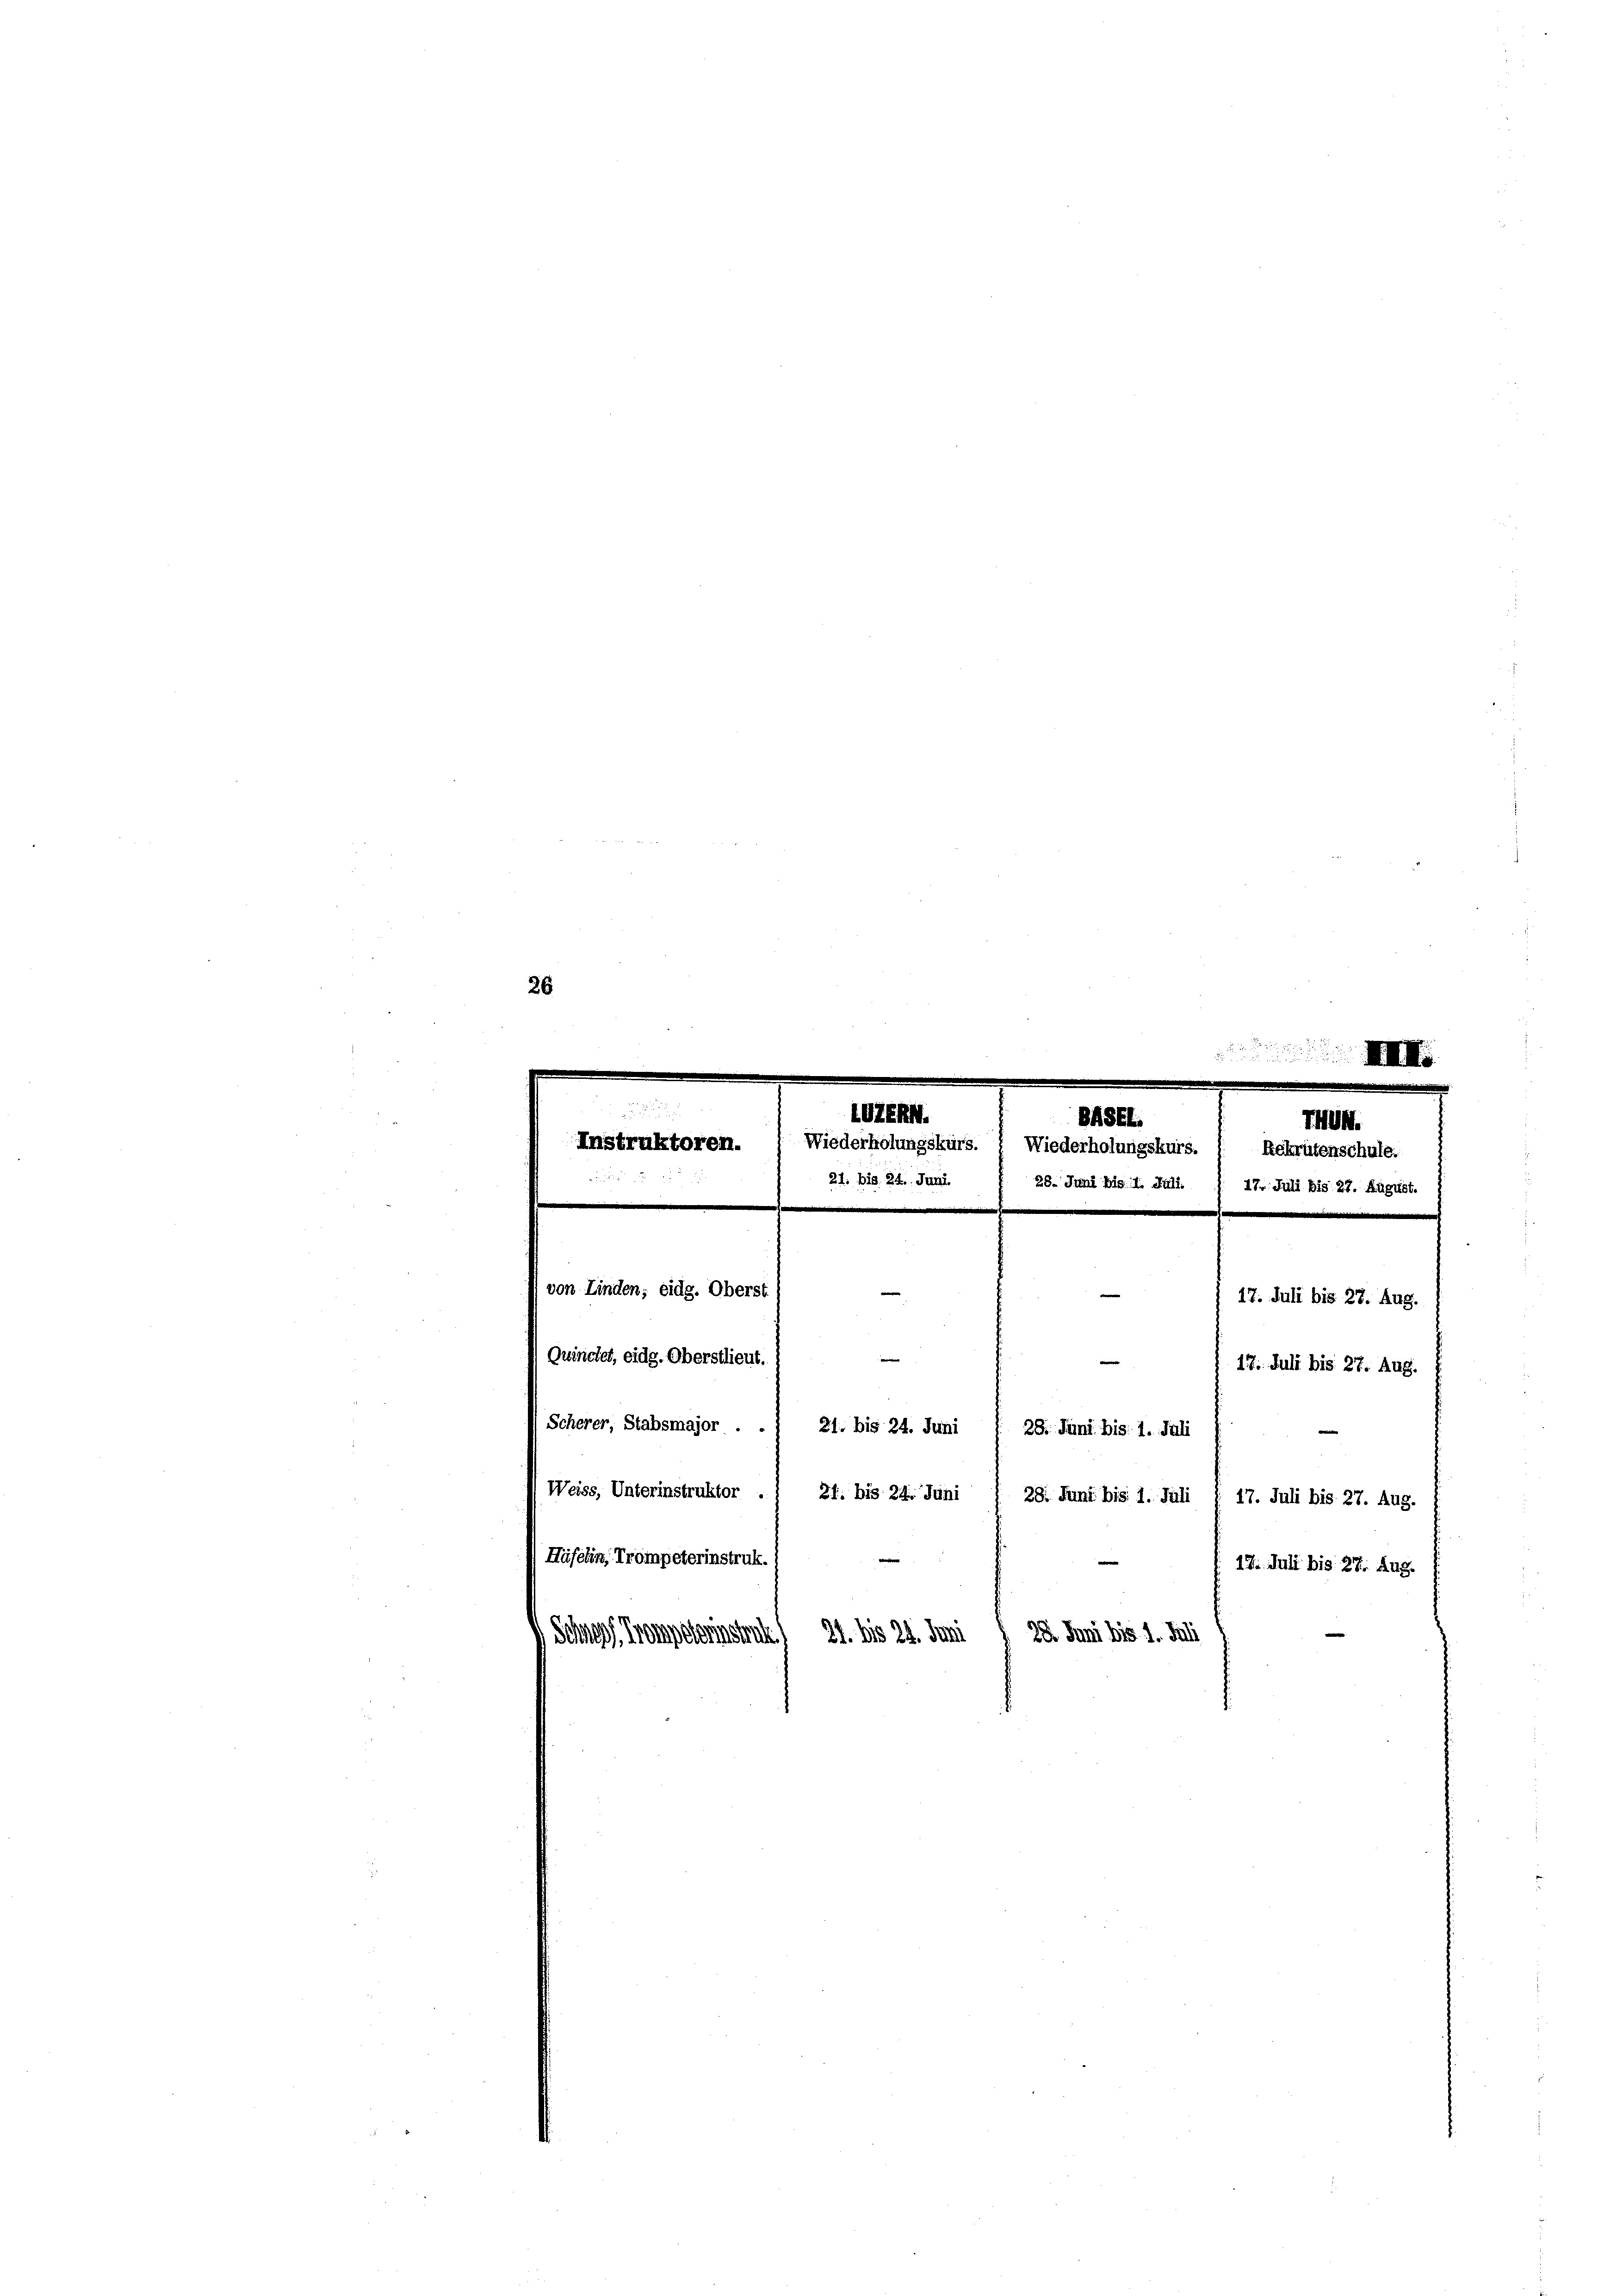
26

.

von Linden; eide. Oberst
Quinchet, eidg. Oberstlieut.
Scherer, Stabsmajor . .
Weiss, Unterinstruktor .
Häfeln, Trompeterinstruk.
Schwer, Trompeterstrat

u
e

OZERN.
BHSEL.
Instruktoren. Wiederholungskurs. : Wiederholungskurs.
21. bis 24. Juni f 28. Juni bis 1. Juli. J. 17. Juli bis 27. August.

—
n
21. bis 24. Juni
28. Juni bis 1. Juli
21. bis 24. Juni
21. bis 24. Juni 28. Juni bis 1. Juli

Rekrutenschule.

17. Juli bis 27. Aug.
17. Juli bis 27. Aug.
28. Juni bis 1. Juli § 17. Juli bis 27. Aug.
12. Juli bis 27. Aug.